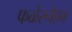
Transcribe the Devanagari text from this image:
फळेस्नेहन